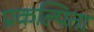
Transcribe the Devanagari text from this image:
प्रकल्पिता